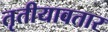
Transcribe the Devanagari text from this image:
तृतीयावतार